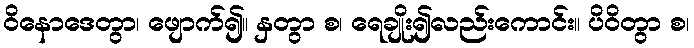
ဝိနောဒေတွာ၊ ဖျောက်၍။ နှတွာ စ၊ ရေချိုး၍လည်းကောင်း။ ပိဝိတွာ စ၊